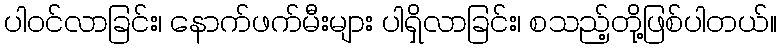
ပါဝင်လာခြင်း၊ နောက်ဖက်မီးများ ပါရှိလာခြင်း၊ စသည့်တို့ဖြစ်ပါတယ်။